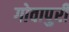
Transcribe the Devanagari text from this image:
गोवापुरी